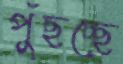
পুঁছচ্ছে